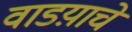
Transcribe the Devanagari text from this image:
वाडय़ाचे